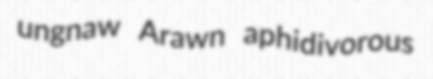
ungnaw Arawn aphidivorous